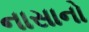
નાસાનો